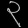
Digit: ၃